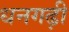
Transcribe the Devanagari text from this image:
धनगढ़ी